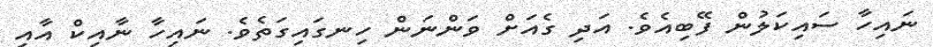
ނައިހާ ސައިކަލުން ފޭބިއެވެ. އަދި ގެއަށް ވަންނަން ހިނގައިގަތެވެ. ނައިހާ ނާއިކް އާއި